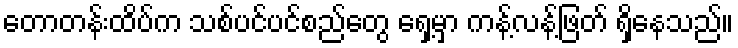
တောတန်းထိပ်က သစ်ပင်ပင်စည်တွေ ရှေ့မှာ ကန့်လန့်ဖြတ် ရှိနေသည်။